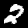
Digit: 2